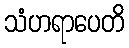
သံဟရာပေတိ